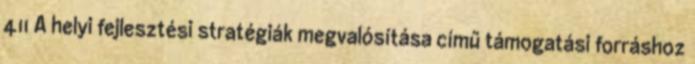
411 A helyi fejlesztési stratégiák megvalósítása című támogatási forráshoz